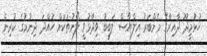
ހުޅުމީދޫ ދާއިރާގެ މެމްބަރު އިލްޔާސް ލަބީބު ވިދާޅުވީ ލޯނުތަކަށް ހުއްދަ ދިނުމުގެ ކުރިން